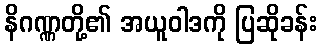
နိဂဏ္ဏတို့၏ အယူဝါဒကို ပြဆိုခန်း